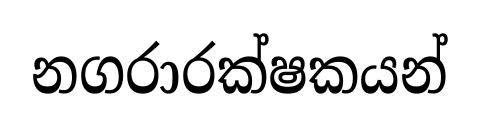
නගරාරක්ෂකයන්